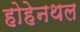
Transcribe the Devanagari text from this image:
होहेनथल